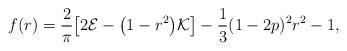
LaTeX: \begin{align*}f(r)=\frac{2}{\pi}\bigl[2\mathcal{E}-\bigl(1-r^2\bigr)\mathcal{K}\bigr]-\frac{1}{3}(1-2p)^2r^2-1,\end{align*}